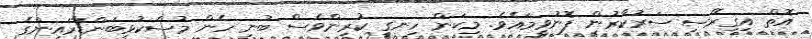
އޮތް އިގިރޭސި ސަރުކާރުން ފޮނުވީމައެވެ. މިކަން ހިނގީ ކުރިންވެސް ބުނި ހެން މުސްކުޅިބަންޑާރައިންގެ